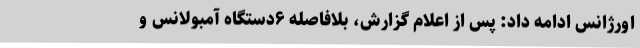
اورژانس ادامه داد: پس از اعلام گزارش، بلافاصله ۶دستگاه آمبولانس و